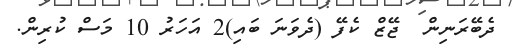
ދެބޭރަނިން  ޖޭޒް ކެފޭ (ދެވަނަ ބައި)2 އަހަރު 10 މަސް ކުރިން.